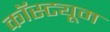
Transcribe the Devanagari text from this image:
कॉस्‍ट्यूम